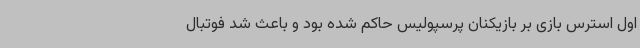
اول استرس بازی بر بازیکنان پرسپولیس حاکم شده بود و باعث شد فوتبال